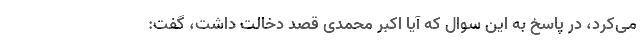
می‌کرد، در پاسخ به این سوال که آیا اکبر محمدی قصد دخالت داشت، گفت: